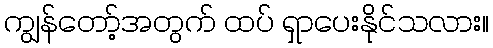
ကျွန်တော့်အတွက် ထပ် ရှာပေးနိုင်သလား။